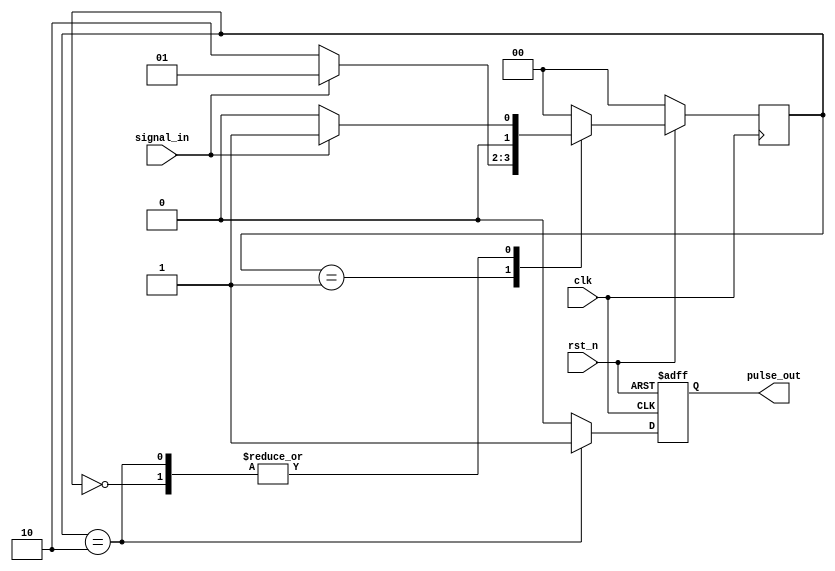
module altera_edge_detector #(
parameter PULSE_EXT = 0, // 0, 1 = edge detection generate single cycle pulse, >1 = pulse extended for specified clock cycle
parameter EDGE_TYPE = 0, // 0 = falling edge, 1 or else = rising edge
parameter IGNORE_RST_WHILE_BUSY = 0  // 0 = module internal reset will be default whenever rst_n asserted, 1 = rst_n request will be ignored while generating pulse out
) (
input      clk,
input      rst_n,
input      signal_in,
output     pulse_out
);

localparam IDLE = 0, ARM = 1, CAPT = 2;
localparam SIGNAL_ASSERT   = EDGE_TYPE ? 1'b1 : 1'b0;
localparam SIGNAL_DEASSERT = EDGE_TYPE ? 1'b0 : 1'b1;

reg [1:0] state, next_state;
reg       pulse_detect;
wire      busy_pulsing;

assign busy_pulsing = (IGNORE_RST_WHILE_BUSY)? pulse_out : 1'b0;
assign reset_qual_n = rst_n | busy_pulsing;

generate
if (PULSE_EXT > 1) begin: pulse_extend
  integer i;
  reg [PULSE_EXT-1:0] extend_pulse;
  always @(posedge clk or negedge reset_qual_n) begin
    if (!reset_qual_n)
      extend_pulse <= {{PULSE_EXT}{1'b0}};
    else begin
      for (i = 1; i < PULSE_EXT; i = i+1) begin
        extend_pulse[i] <= extend_pulse[i-1];
        end
      extend_pulse[0] <= pulse_detect;
      end
    end
  assign pulse_out = |extend_pulse;
  end
else begin: single_pulse
  reg pulse_reg;
  always @(posedge clk or negedge reset_qual_n) begin
    if (!reset_qual_n)
      pulse_reg <= 1'b0;
    else
      pulse_reg <= pulse_detect;
    end
  assign pulse_out = pulse_reg;
  end
endgenerate

always @(posedge clk) begin
  if (!rst_n)
    state <= IDLE;
  else
    state <= next_state;
end

// edge detect
always @(*) begin
  next_state = state;
  pulse_detect = 1'b0;
  case (state)
    IDLE : begin
           pulse_detect = 1'b0;
           if (signal_in == SIGNAL_DEASSERT) next_state = ARM;
           else next_state = IDLE;
           end
    ARM  : begin
           pulse_detect = 1'b0;
           if (signal_in == SIGNAL_ASSERT)   next_state = CAPT;
           else next_state = ARM;
           end
    CAPT : begin
           pulse_detect = 1'b1;
           if (signal_in == SIGNAL_DEASSERT) next_state = ARM;
           else next_state = IDLE;
           end
    default : begin
           pulse_detect = 1'b0;
           next_state = IDLE;
           end
  endcase
end

endmodule